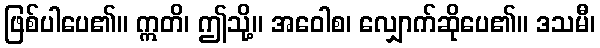
ဖြစ်ပါပေ၏။ ဣတိ၊ ဤသို့။ အဝေါစ၊ လျှောက်ဆိုပေ၏။ ဒသမီ၊